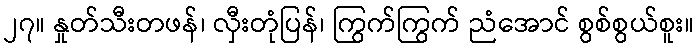
၂၇။ နှုတ်သီးတဖန်၊ လှီးတုံပြန်၊ ကြွက်ကြွက် ညံအောင် စွစ်စွယ်စူး။